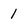
Character: 1